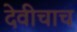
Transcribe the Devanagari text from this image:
देवीचाच